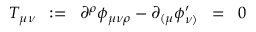
T _ { \mu \nu } \; \; : = \; \; \partial ^ { \rho } \phi _ { \mu \nu \rho } - \partial _ { ( \mu } \phi _ { \nu ) } ^ { \prime } \; \; = \; \; 0